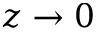
z \rightarrow 0